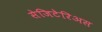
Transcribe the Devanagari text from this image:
सेजिटेरिअस